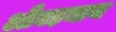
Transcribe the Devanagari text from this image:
औघड़नाथ